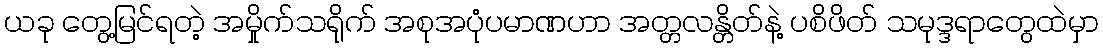
ယခု တွေ့မြင်ရတဲ့ အမှိုက်သရိုက် အစုအပုံပမာဏဟာ အတ္တလန္တိတ်နဲ့ ပစိဖိတ် သမုဒ္ဒရာတွေထဲမှာ